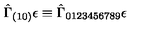
\hat { \Gamma } _ { ( 1 0 ) } \epsilon \equiv \hat { \Gamma } _ { 0 1 2 3 4 5 6 7 8 9 } \epsilon